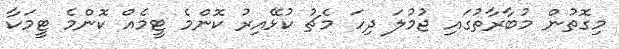
މިގޮތުން މުބާރާތުގައި ޖުމުލަ ދިހަ މެޗު ކުޅޭއިރު ކޮންމެ ޓީމެއް ކޮންމެ ޓީމަކާ